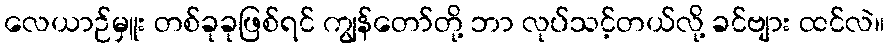
လေယာဉ်မှူး တစ်ခုခုဖြစ်ရင် ကျွန်တော်တို့ ဘာ လုပ်သင့်တယ်လို့ ခင်ဗျား ထင်လဲ။